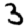
Digit: 3